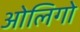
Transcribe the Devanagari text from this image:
ओलिगो